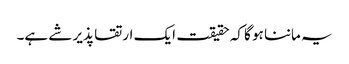
یہ ماننا ہو گا کہ حقیقت ایک ارتقا پذیر شے ہے۔